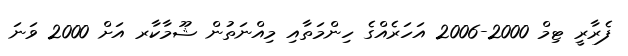
ފެރާރީ ޓިމް 2000-2006 އަހަރެއްގެ ހިންމަތާއި މިއްނަތުން ޝޫމާކާރ އަށް 2000 ވަނަ